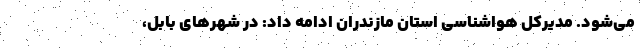
می‌شود. مدیرکل هواشناسی استان مازندران ادامه داد: در شهرهای بابل،